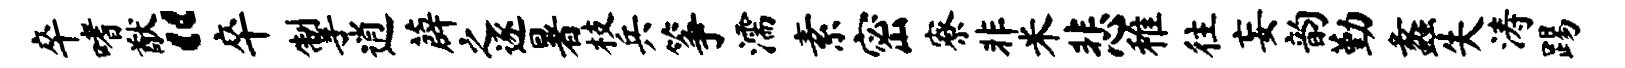
卒嗜猷“卒掣逍薜之逐暑枝兵筝濡素密寮非米悲稚往妄韵勤蠡失涛踢